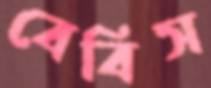
বেবিস